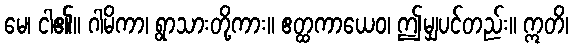
မေ၊ ငါ၏။ ဂါမိကာ၊ ရွာသားတို့ကား။ ဧတ္ထကာယေဝ၊ ဤမျှပင်တည်း။ ဣတိ၊